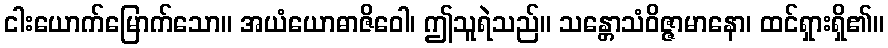
ငါးယောက်မြောက်သော။ အယံယောဓာဇိဝေါ၊ ဤသူရဲသည်။ သန္တောသံဝိဇ္ဇာမာနော၊ ထင်ရှားရှိ၏။